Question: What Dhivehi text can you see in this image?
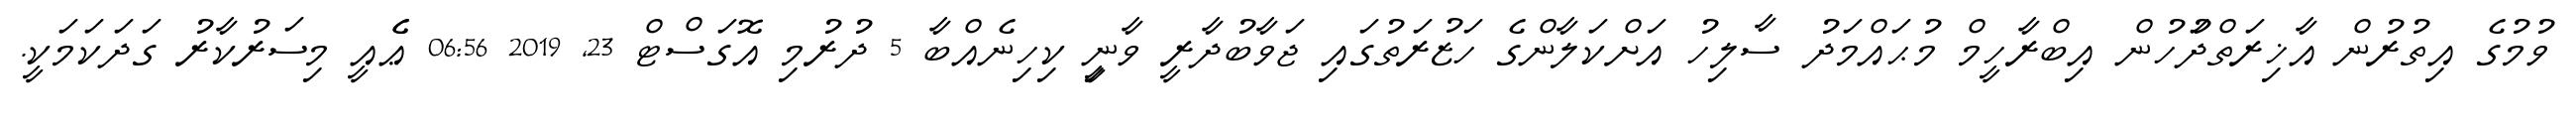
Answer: ވުމުގެ އިތުރުން އާޚިރަތްދުަހުން އިބްރާހީމް މުޙައްމަދު ސާލިހު އަށްކަލާންގެ ހަޒުރަތުގައި ޖަވާބުދާރީ ވާނީި ކިހިނެއްބާ 5 ދުރުމި އޮގަސްޓް 23, 2019 06:56 ޢެެއީ މިސަރުކާރު ގަދަކަމަކީ.